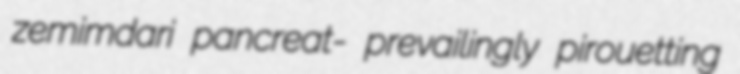
zemimdari pancreat- prevailingly pirouetting